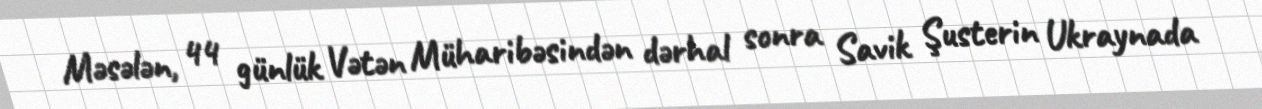
Məsələn, 44 günlük Vətən Müharibəsindən dərhal sonra Savik Şusterin Ukraynada